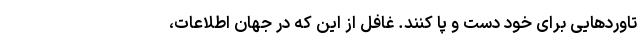
تاوردهایی برای خود دست و پا کنند. غافل از این که در جهان اطلاعات،